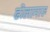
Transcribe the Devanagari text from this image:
ढोलामारु